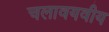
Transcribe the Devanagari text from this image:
चलावयवीय